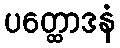
ပတ္ထောဒနံ